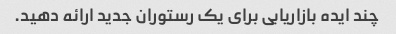
چند ایده بازاریابی برای یک رستوران جدید ارائه دهید.